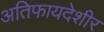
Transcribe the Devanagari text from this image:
अतिफायदेशीर